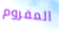
المفروم